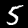
Label: 5